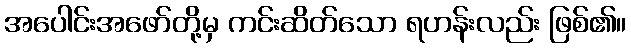
အပေါင်းအဖော်တို့မှ ကင်းဆိတ်သော ရဟန်းလည်း ဖြစ်၏။